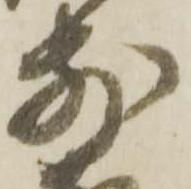
前